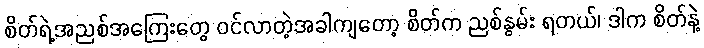
စိတ်ရဲ့အညစ်အကြေးတွေ ဝင်လာတဲ့အခါကျတော့ စိတ်က ညစ်နွမ်း ရတယ်၊ ဒါက စိတ်နဲ့